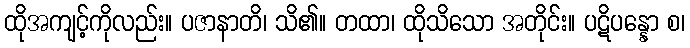
ထိုအကျင့်ကိုလည်း။ ပဇာနာတိ၊ သိ၏။ တထာ၊ ထိုသိသော အတိုင်း။ ပဋိပန္နော စ၊